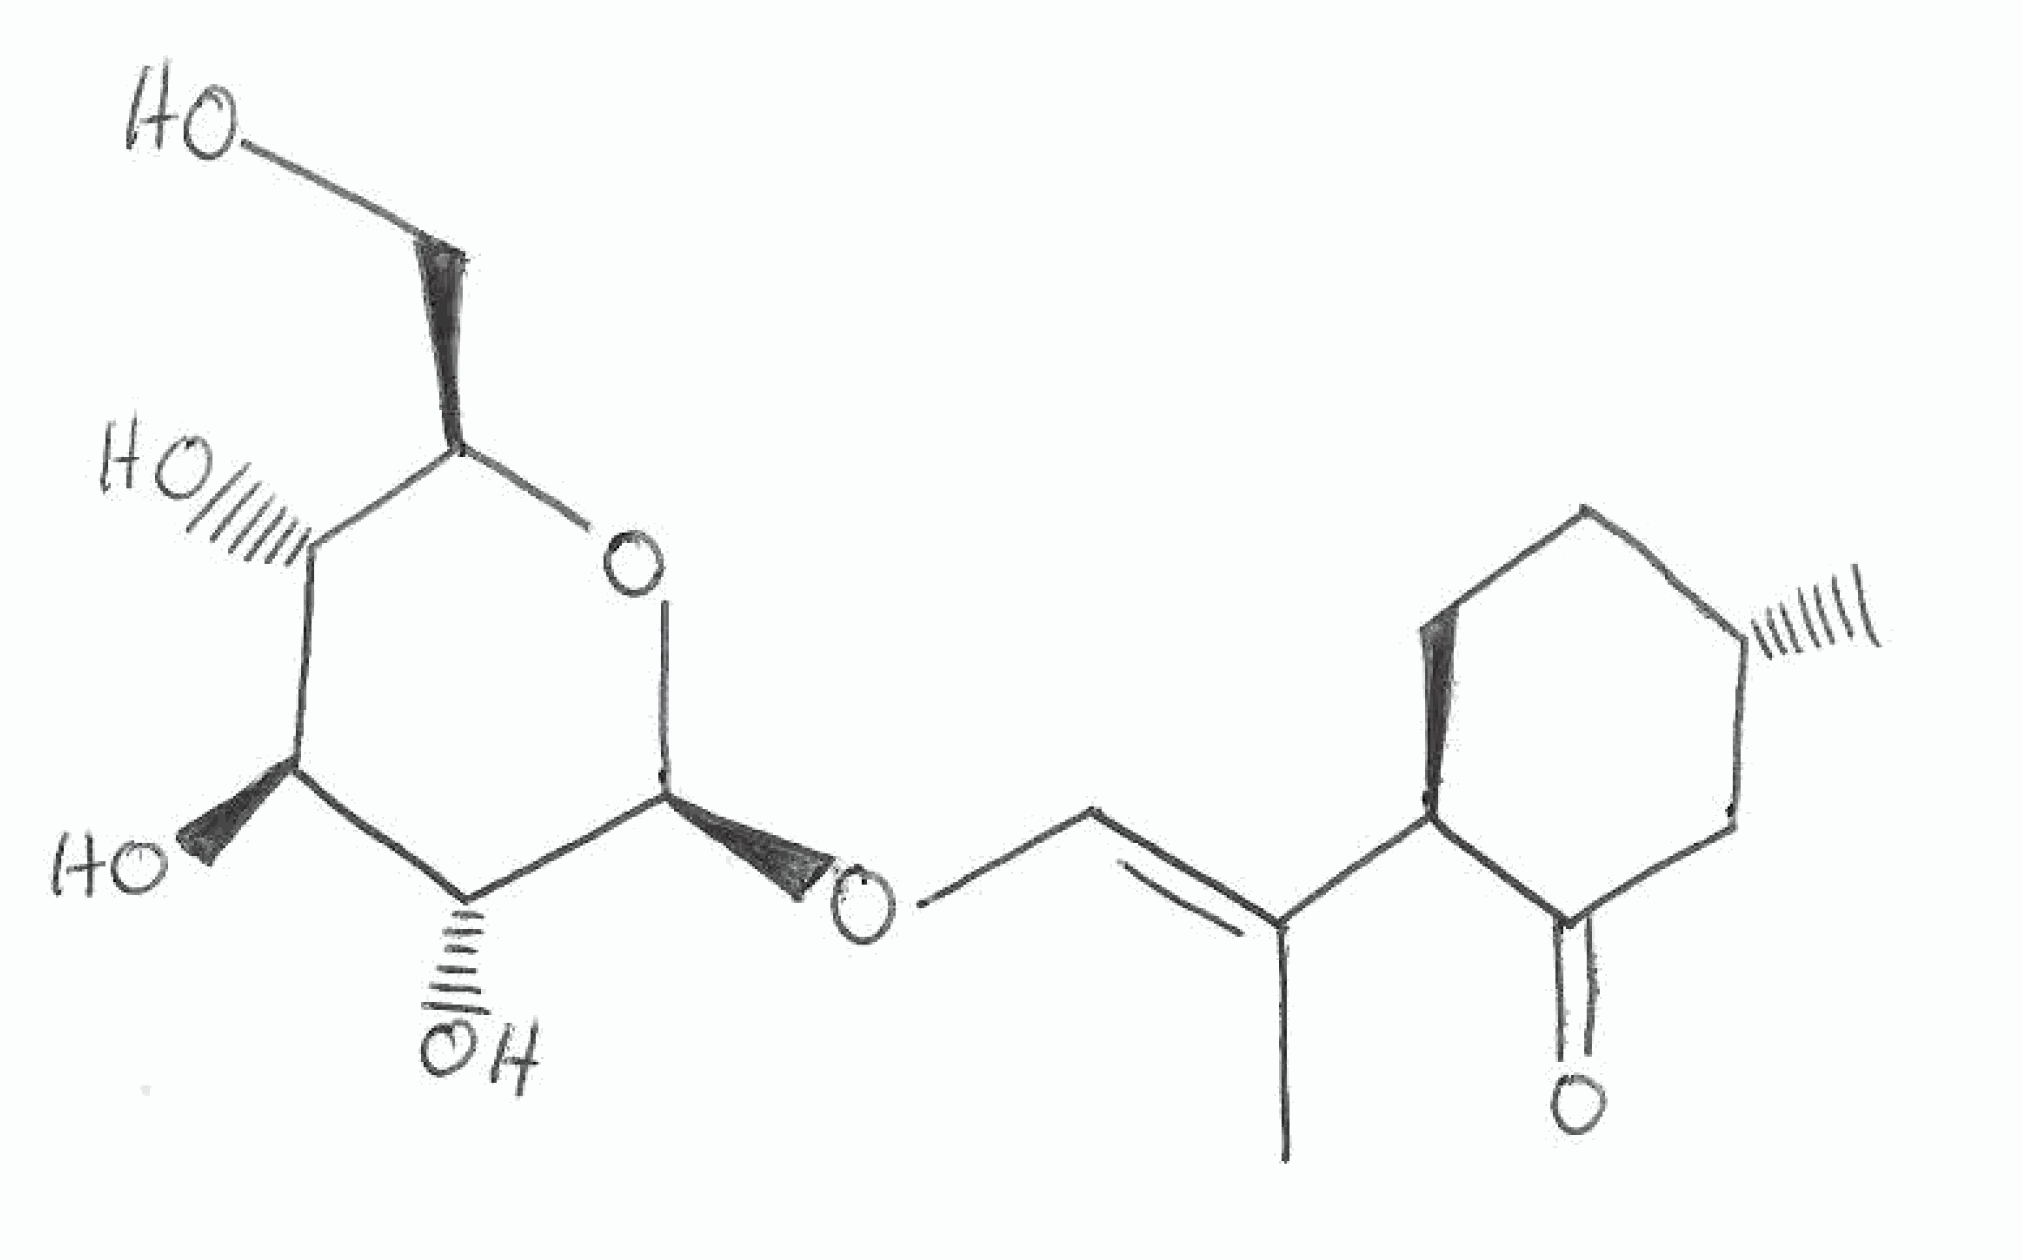
Simplified molecular-input line-entry system (SMILES) notation of the given molecule:
C[C@H]1CC[C@@H](C(=O)C1)/C(=C/O[C@H]2[C@@H]([C@H]([C@@H]([C@H](O2)CO)O)O)O)/C